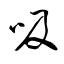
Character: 吸